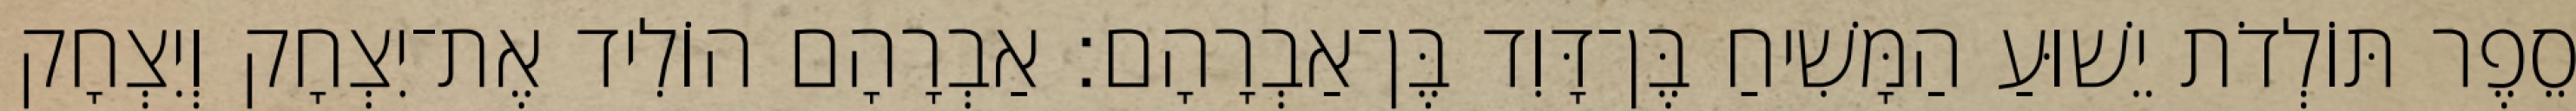
סֵפֶר תּוֹלְדֹת יֵשׁוּעַ הַמָּשִׁיחַ בֶּן־דָּוִד בֶּן־אַבְרָהָם׃ אַבְרָהָם הוֹלִיד אֶת־יִצְחָק וְיִצְחָק